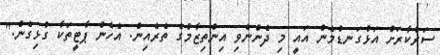
ސަރުކާރަށް އަޅުގަނޑުމެން އައީ މި ދެންނެވި އިންތިޒާމުގެ ތެރެއިން. އެހެން ޕާޓީތަކާ ގުޅިގެން."